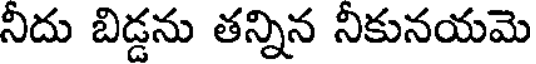
నీదు బిడ్డను తన్నిన నీకునయమె